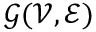
\mathscr { G } ( \mathscr { V } , \mathscr { E } )